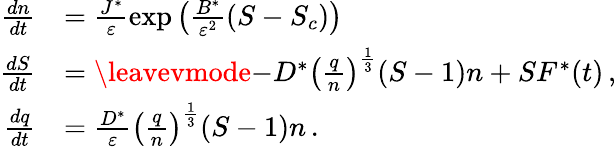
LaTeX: \begin{array}{rl}{{\frac{dn}{dt}}}&{=\frac{J^{*}}{{\varepsilon}}\exp\left(\frac{B^{*}}{{\varepsilon}^{2}}(S-S_{c})\right)}\\ {{\frac{dS}{dt}}}&{=\leavevmode{-D^{*}\left(\frac{q}{n}\right)^{\frac{1}{3}}(S-1)n+SF^{*}(t)}\, ,}\\ {{\frac{dq}{dt}}}&{=\frac{D^{*}}{{\varepsilon}}\left(\frac{q}{n}\right)^{\frac{1}{3}}(S-1)n\, .}\end{array}